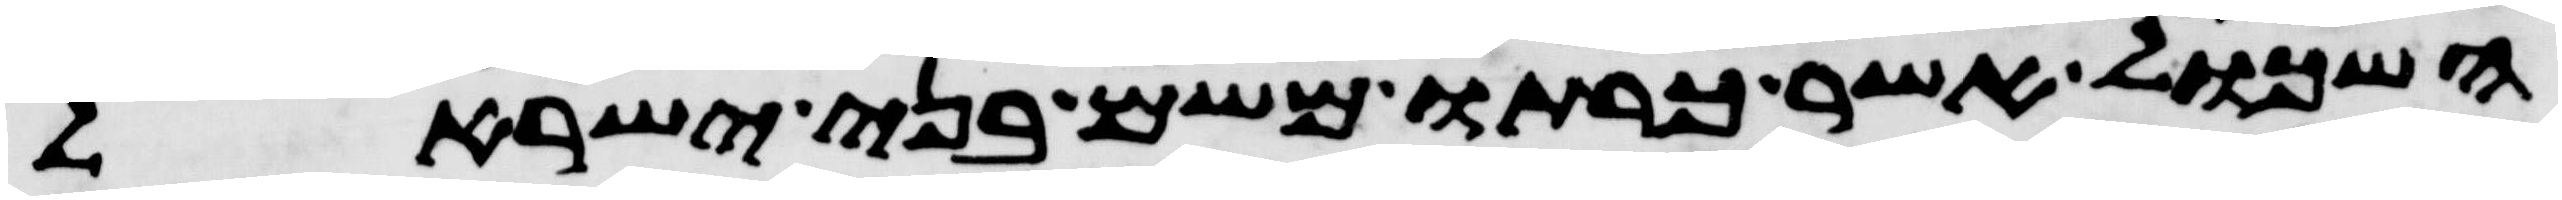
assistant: האשכול אשר כרתו משם בני ישראל